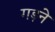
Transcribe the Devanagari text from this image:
गड़ने